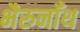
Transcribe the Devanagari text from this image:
भैरुनाँथ